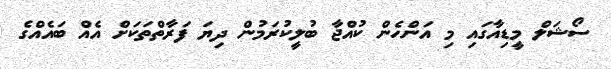
ސޯޝަލް މީޑިއާގައި މި އަންހެން ކުއްޖާ ބުލީކުރަމުން ދިޔަ ފަރާތްތަކަށް އެއް ބައެއްގެ